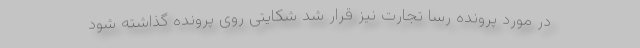
در مورد پرونده رسا تجارت نیز قرار شد شکایتی روی پرونده گذاشته شود